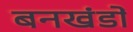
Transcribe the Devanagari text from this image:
बनखंडों